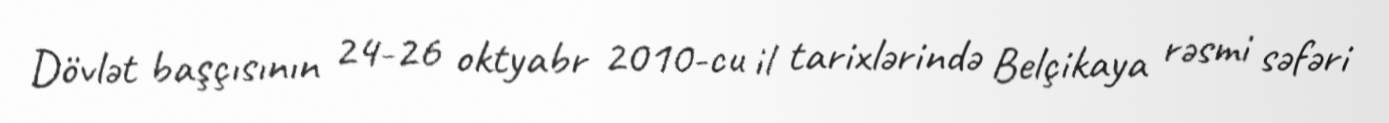
Dövlət başçısının 24-26 oktyabr 2010-cu il tarixlərində Belçikaya rəsmi səfəri